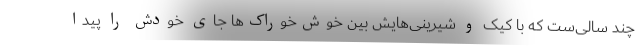
چند سالی‌ست که با کیک و شیرینی‌هایش بین خوش‌خوراک‌ها جای خودش را پیدا